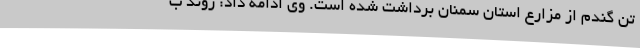
تن گندم از مزارع استان سمنان برداشت شده است. وی ادامه داد: روند ب